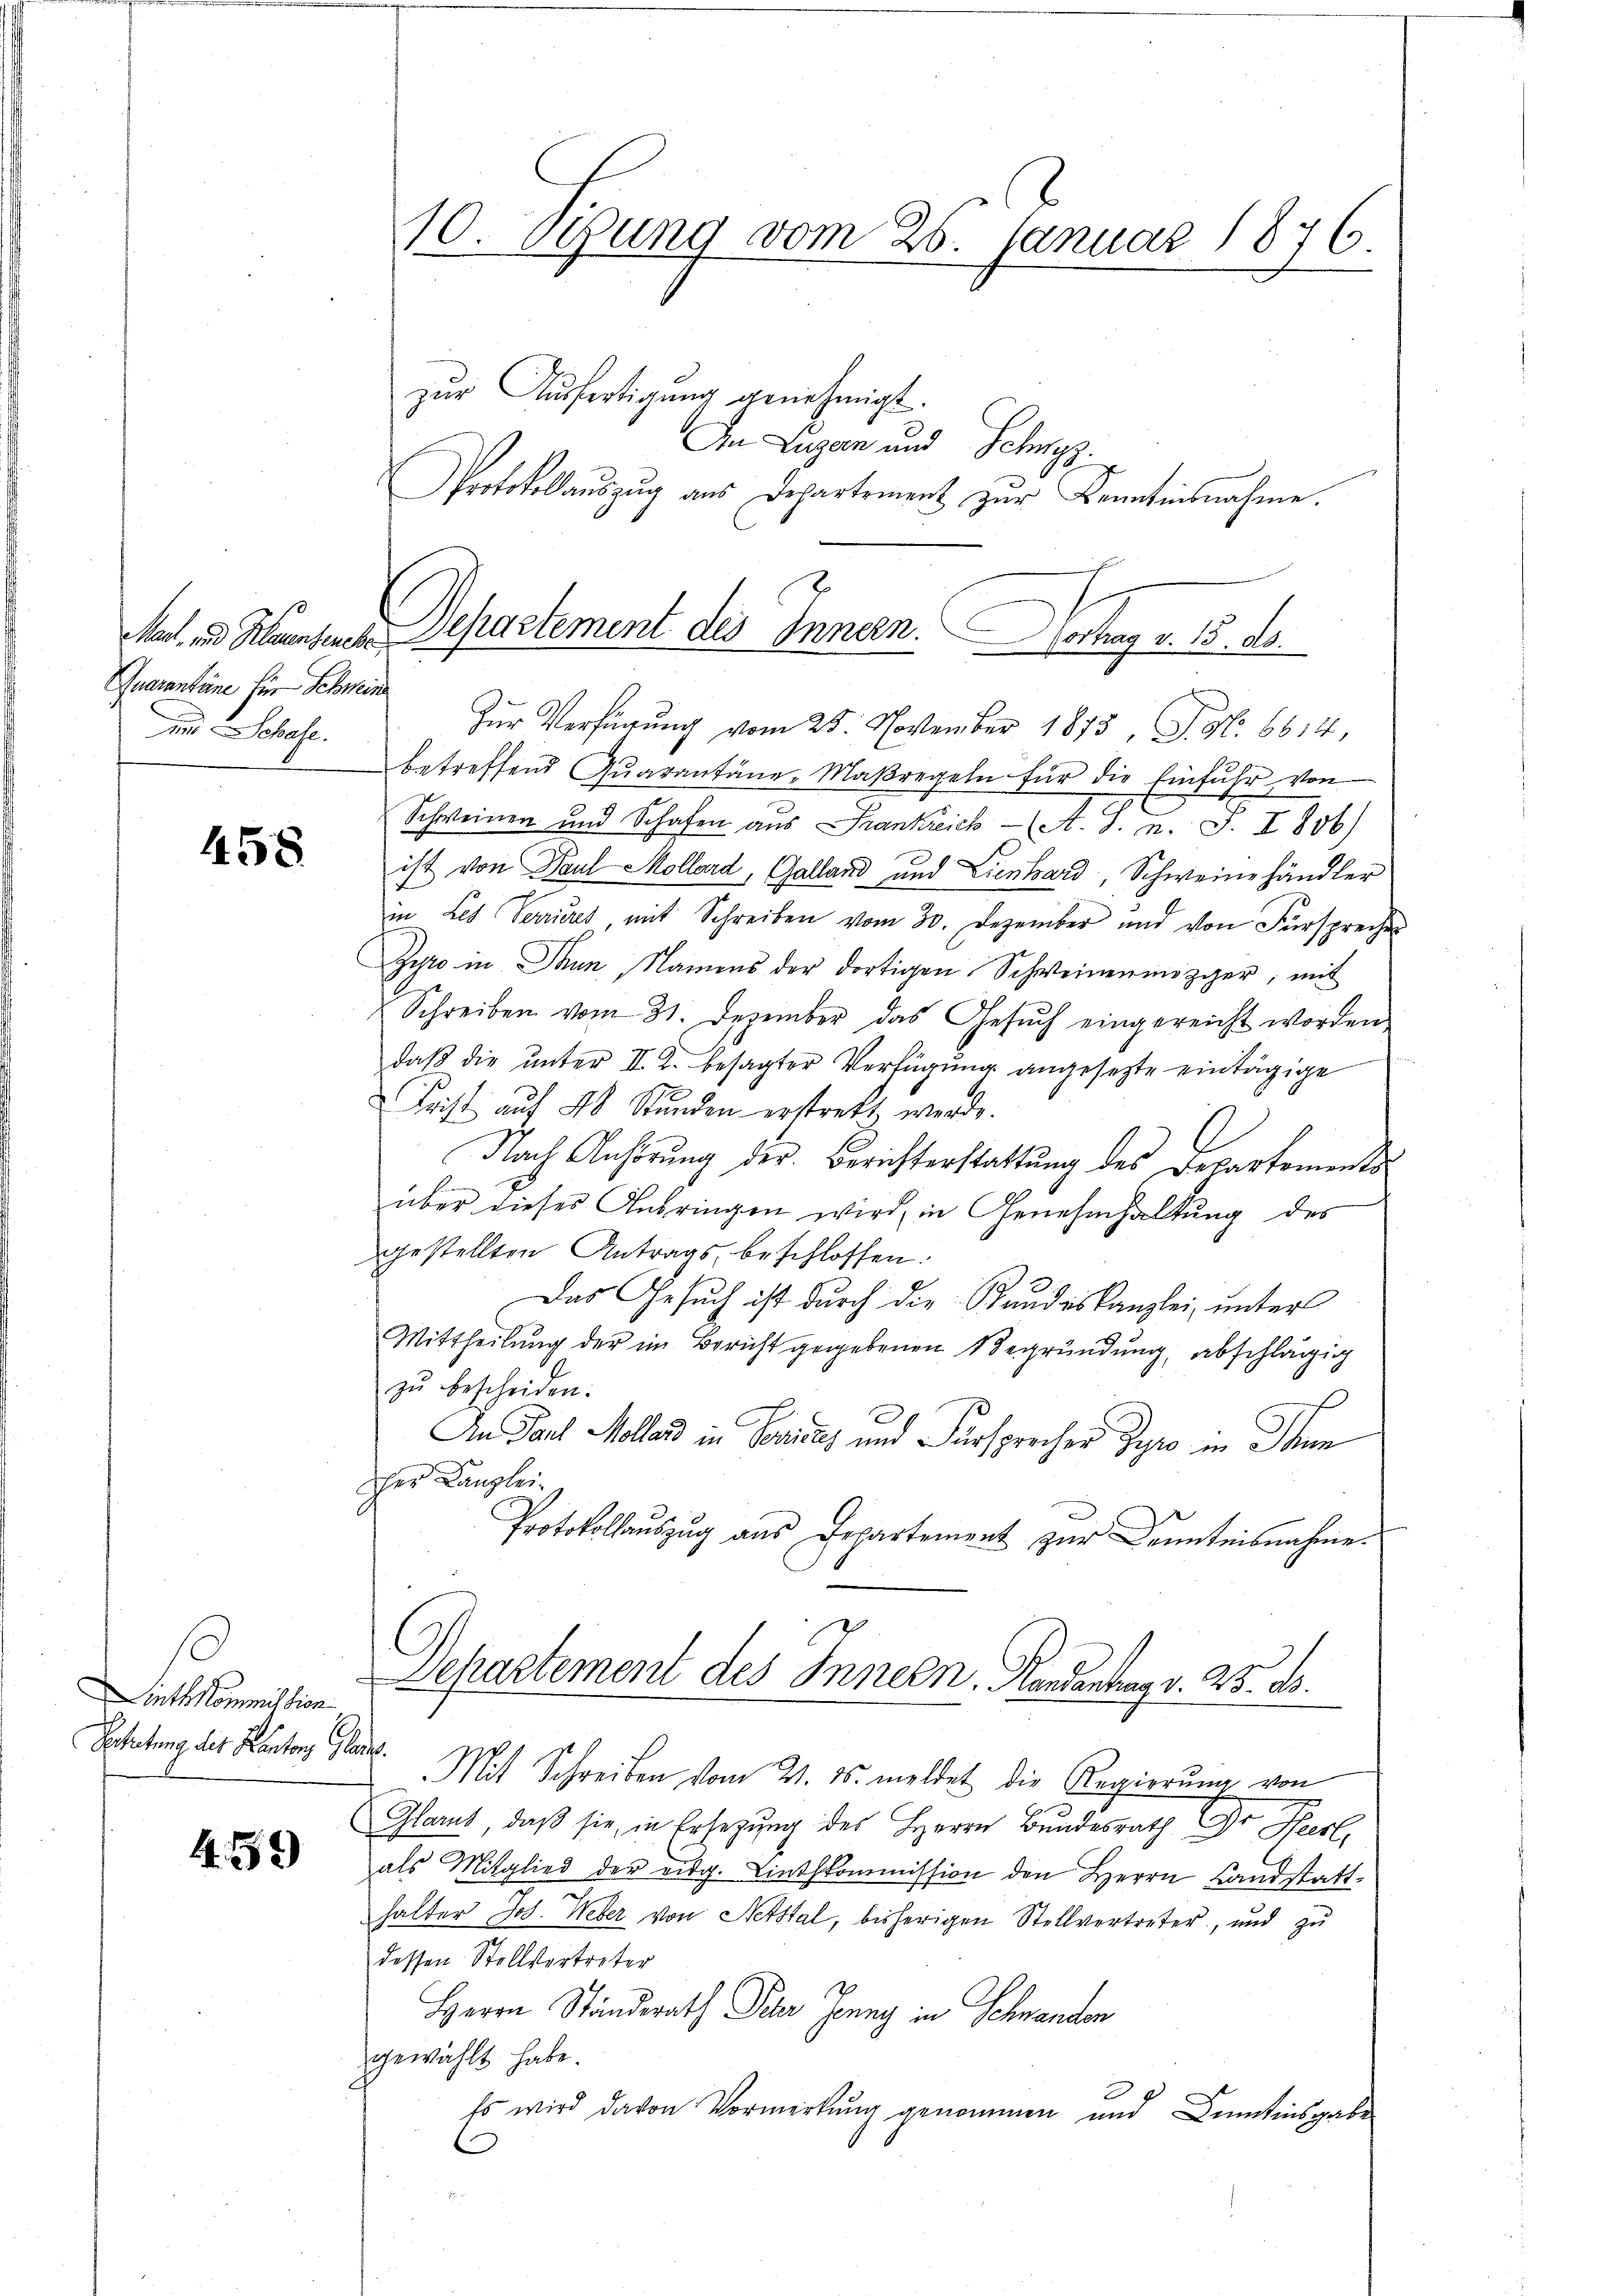
Quarantäne für Schweine
un Schafe.

458

inthkommission
Secetung des Kantons Gla

459)

zur Ausfertigung genehmigt.
In Luzern und Schwyz.
Protokollauszug aus Departement zur Kenntnisnahme.
Zur Verfügung vom 25. November 1873, S. No. 6614,
betreffend Qŭarantäne-Maβregeln für die Einfuhr, von
Schweinen und Schafen aus Frankreich (A. S. n. F. I 806)
ist von Paul Mollard, Galland und Lienhard, Schweine händler
in Les Verrieres, mit Schreiben vom 30. Dezember und von Fürsprechen
Zyto in Thun, Namens der dortigen Schweinenmözger, mit
Schreiben vom 31. Dezember das Gesuch eingereicht worden
daß die unter II. 2. besagter Verfügung angesetzte eintägige
Frist auf 48 Stŭnden erstrett werde.
Nach Anhörung der Berichterstattung des Departements
über dieses Anbringen wird, in Genehmhaltung des
gestellten Antrags, beschlossen.
Das Gesuch ist durch die Stundeskanzlei, unter
Mittheilung der im Bericht gegebenen Begründung, abschlägig
zu bescheiden.
s
An Paul Mollard in Besitz und Fürsprecher Gyr in Tann
cher Kanzlei
Protokollauszug aus Departement zur Kenntnisnahme
Separtement des Innern, Handentrag v. 25. ds.
dat. Mit Schreiben vom 21. ds. meldet die Regierung von
Glarus, daß sie, in Ersezung des Herrn Bundesrath Dr. Heert,
als Mitglied der eidg. Linthkommission den Herrn Landstatthalter Joh. Weber von Netstal, bisherigen Stellvertreter, und zu
dessen Stellvertreter
Herrn Ständerath Peter Jenny in Schwanden
gewählt habe.
Es wird davon Vormerkung genommen und Denntnisgabe

10. Sitzung vom 26. Januar 1876.

Mal. v. Kaisen Departement des Innern. Vortrag v. 15. d.

x